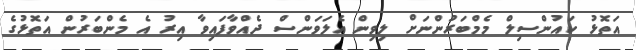
އަތޮޅު ކައުންސިލް މެމްބަރުންނަށް ލިވިން އެލަވަންސް ދެއްވާފައިވާ އިރު އެ މެންބަރުން އަތޮޅުގެ